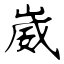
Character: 崴